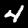
Digit: 4